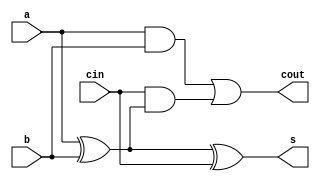
`timescale 1ns / 1ps
//////////////////////////////////////////////////////////////////////////////////
// Company: 
// Engineer: 
// 
// Design Name: 
// Module Name: fulladd4
// Project Name: 
// Target Devices: 
// Tool Versions: 
// Description: 
// 
// Dependencies: 
// 
// Revision:
// Revision 0.01 - File Created
// Additional Comments:
// 
//////////////////////////////////////////////////////////////////////////////////


module fulladd(
       input a,b,cin,
       output s,cout
       );
       assign s = a^b^cin;
       assign cout =(a&b)|(cin&(a^b));
endmodule

module fulladd4(
    input [3:0] A,
    input [3:0] B,
    input C0,
    output [3:0] S,
    output C4
    );
    wire C1,C2,C3;

    fulladd fa0 (A[0],B[0],C0,S[0],C1);
    fulladd fa1 (A[1],B[1],C1,S[1],C2);
    fulladd fa2 (A[2],B[2],C2,S[2],C3);
    fulladd fa3 (A[3],B[3],C3,S[3],C4);
endmodule